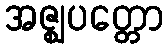
အဇ္ဈပတ္တော